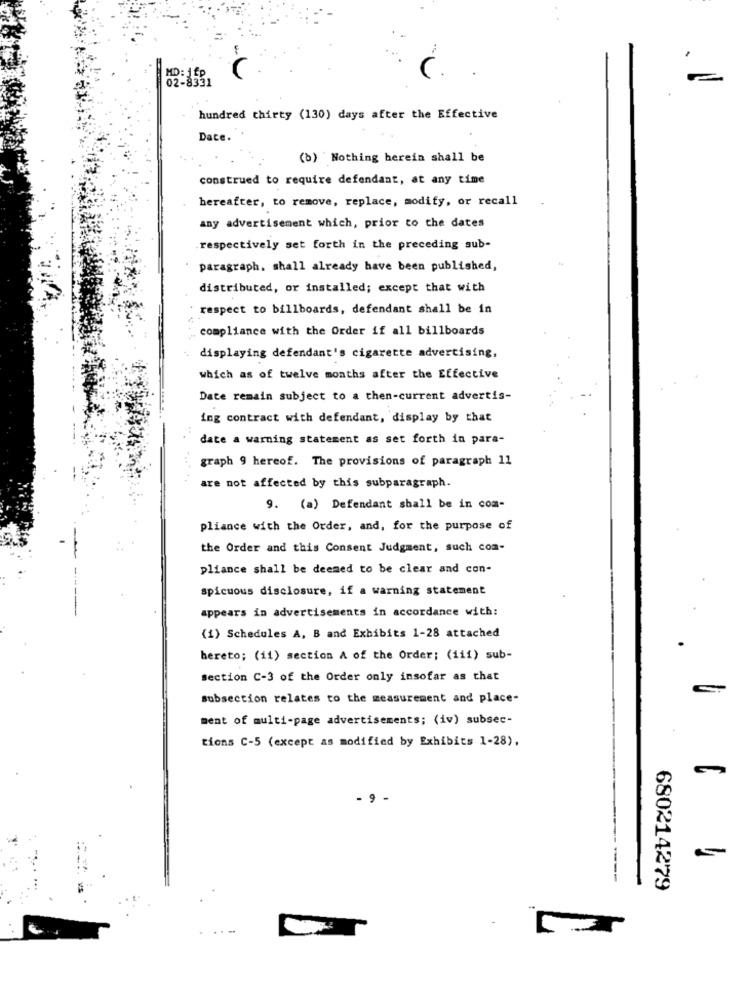
02:3561
hundred thirty (130) days after the Effective
Dace.
(b) Nothing herein shall be
construed to require defendant, at any time
hereafter, to remove, replace, modify, or recall
any advertisement which, prior to the dates
respectively set forth in the preceding sub-
paragraph. shall already have been published,
distributed, or installed; except that with
respect to billboards, defendant shall be in
compliance with the Order if all billboards
displaying defendant's cigarette advertising,
which as of twelve months after the Effective
Date remain subject to a then-current advertis-
ing contract with defendant, display by that
date a warning statement as set forth in para-
graph 9 hereof. The provisions of paragraph 11
are not affected by this subparagraph.
9. (a) Defendant shall be in com-
pliance with the Order, and, for the purpose of
the Order and this Consent Judgment, such com-
pliance shall be deemed to be clear and con-
spicuous disclosure, if a warning statement
appears in advertisements in accordance with:
(1) Schedules A, B and Exhibits 1-28 attached
hereto; (ii) section A of the Order; (iii) sub-
Section C-3 of the Order only insofar as that
subsection relates to the measurement and place-
ment of multi-page advertisements; (iv) subsec-
tions C-5 (except as modified by Exhibits 1-28),
- 9 -
680214279